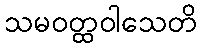
သမဝတ္ထဝါသေတိ